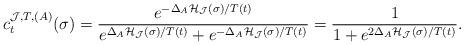
LaTeX: \begin{align*} c^{\mathcal{J}, T, (A)}_t(\sigma ) = \frac{ e^{ - \Delta_A\mathcal{H}_{\mathcal{J}} (\sigma ) / T(t)} }{ e^{ \Delta_A\mathcal{H}_{\mathcal{J}} (\sigma ) / T(t) } +e^{ - \Delta_A\mathcal{H}_{\mathcal{J}} (\sigma )/ T(t) } } = \frac{ 1 }{1+ e^{2\Delta_A \mathcal{H}_{\mathcal{J}} (\sigma ) / T(t) } } .\end{align*}